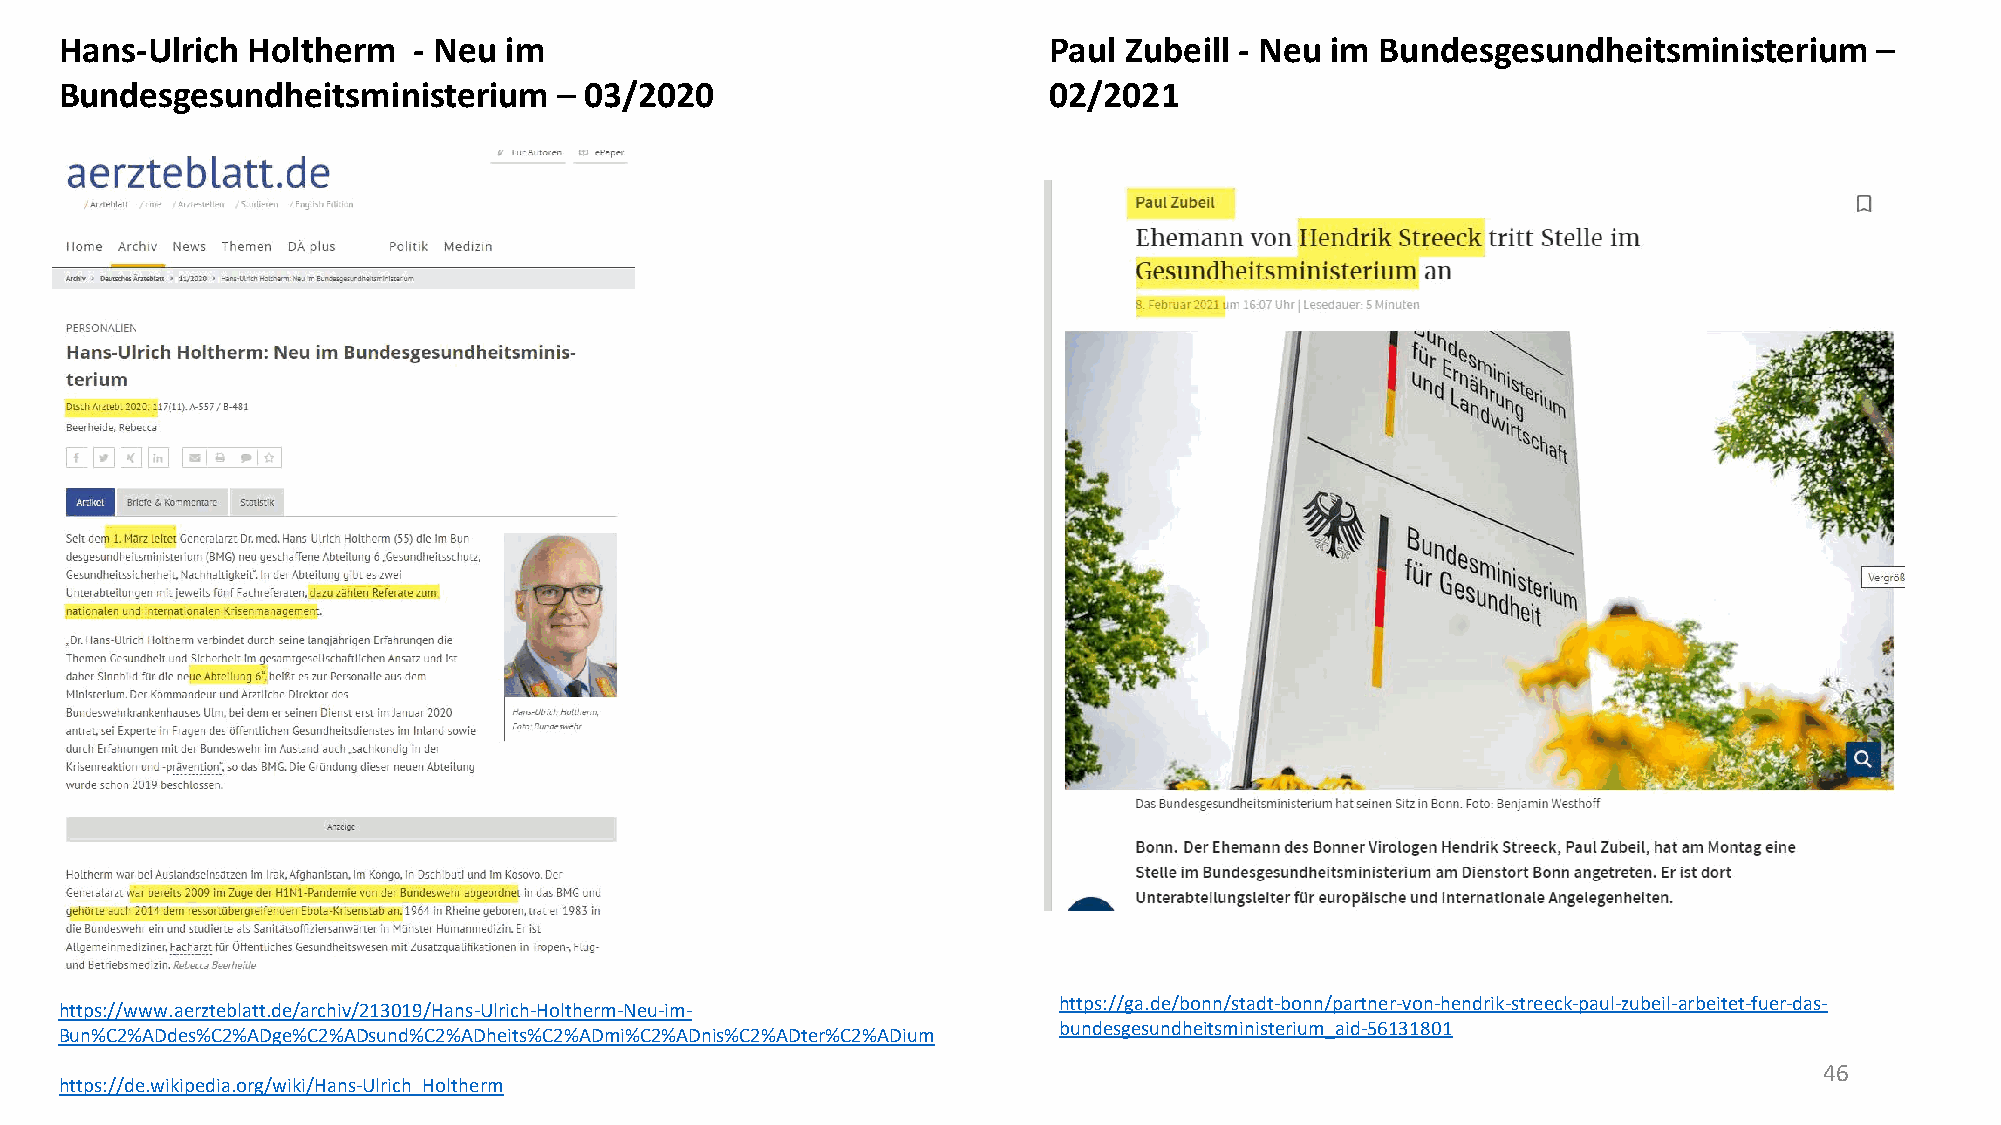
Hans-Ulrich Holtherm   - Neu im                                  Paul Zubeill - Neu im Bundesgesundheitsministerium
 –
 Bundesgesundheitsministerium       03/2020                       02/2021
 –
 https://ga.de/bonn/stadt-bonn/partner-von-hendrik-streeck-paul-zubeil-arbeitet-fuer-das-
 https://www.aerzteblatt.de/archiv/213019/Hans-Ulrich-Holtherm-Neu-im-
 bundesgesundheitsministerium_aid-56131801
 Bun%C2%ADdes%C2%ADge%C2%ADsund%C2%ADheits%C2%ADmi%C2%ADnis%C2%ADter%C2%ADium
 46
 https://de.wikipedia.org/wiki/Hans-Ulrich_Holtherm